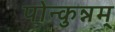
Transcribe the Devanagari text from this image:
पोन्कुन्नम्